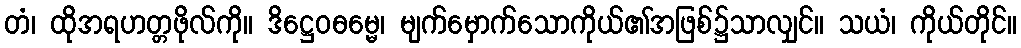
တံ၊ ထိုအရဟတ္တဖိုလ်ကို။ ဒိဋ္ဌေဝဓမ္မေ၊ မျက်မှောက်သောကိုယ်၏အဖြစ်၌သာလျှင်။ သယံ၊ ကိုယ်တိုင်။